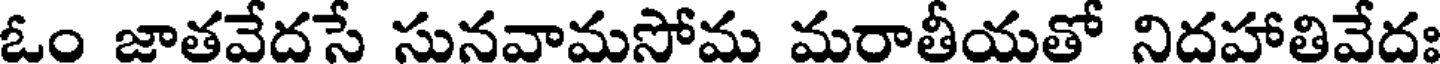
ఓం జాతవేదసే సునవామసోమ మరాతీయతో నిదహాతివేదః